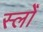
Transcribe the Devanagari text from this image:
स्लोँ